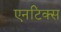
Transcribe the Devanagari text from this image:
एनटिक्स